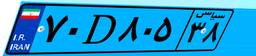
۷۰D۸۰۵۳۸